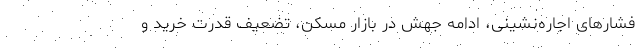
فشارهای اجاره‌‌نشینی، ادامه جهش در بازار مسکن، تضعیف قدرت خرید و